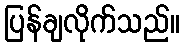
ပြန်ချလိုက်သည်။